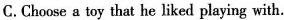
C.Choose a toy that he liked playing with.